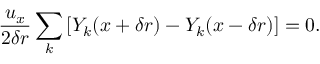
\frac { u _ { x } } { 2 \delta r } \sum _ { k } \left[ Y _ { k } ( x + \delta r ) - Y _ { k } ( x - \delta r ) \right] = 0 .